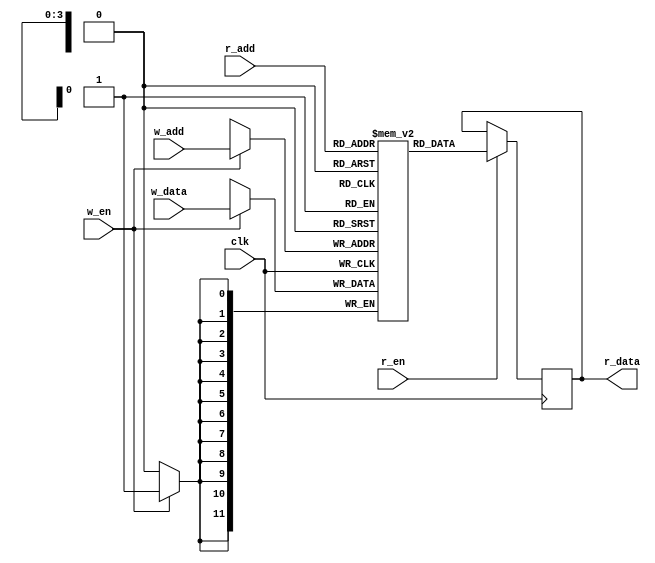
module memory
    #(parameter IMAGE_WIDTH=4, IMAGE_HEIGHT = 4)
    (
    input clk,
    input r_en,
    input w_en,
    input [$clog2(IMAGE_WIDTH*IMAGE_HEIGHT)-1:0] r_add,
    input [$clog2(IMAGE_WIDTH*IMAGE_HEIGHT)-1:0] w_add,
    input [11:0] w_data,
    
    output reg [11:0] r_data
    );
    
    reg [11:0] mem [0:15];
    
    always@(posedge clk) begin
        if (w_en) begin
            mem[w_add] <= w_data;
        end
        if (r_en) begin
            r_data <= mem[r_add];
        end
    end
endmodule